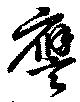
譍